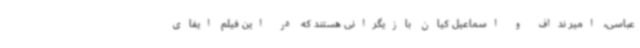
عباسی، امیر نداف و اسماعیل کیان بازیگرانی هستند که در این فیلم ایفای